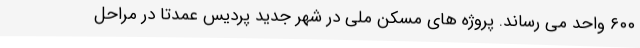
۶۰۰ واحد می رساند. پروژه های مسکن ملی در شهر جدید پردیس عمدتا در مراحل